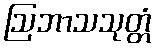
ဩဘာသသုတ္တံ